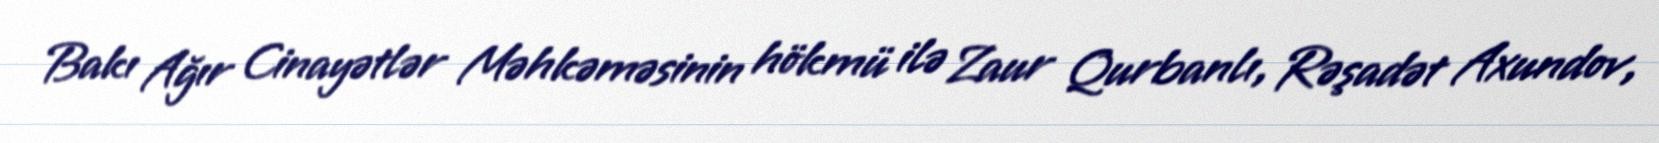
Bakı Ağır Cinayətlər Məhkəməsinin hökmü ilə Zaur Qurbanlı, Rəşadət Axundov,